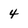
Character: 4